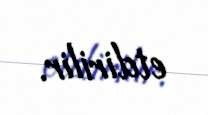
etdirilir.